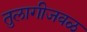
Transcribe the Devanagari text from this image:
तुलागीजवळ